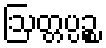
ဩတ္တပ္ပဉ္စ